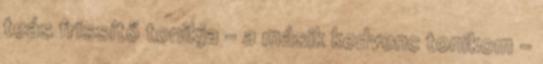
teás frissítő tonikja - a másik kedvenc tonikom -